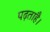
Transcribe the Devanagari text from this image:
पढ़ताहै।